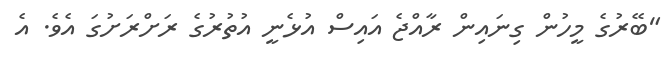
"ބޭރުގެ މީހުން ގިނައިން ރާއްޖެ އައިސް އުޅެނީ އުތުރުގެ ރަށްރަށުގަ އެވެ. އެ